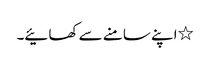
٭اپنے سامنے سے کھائیے۔